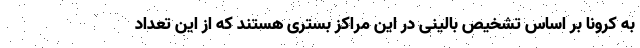
به کرونا بر اساس تشخیص بالینی در این مراکز بستری هستند که از این تعداد